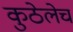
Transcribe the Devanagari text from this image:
कुठेलेच